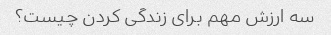
سه ارزش مهم برای زندگی کردن چیست؟